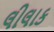
લીલાક